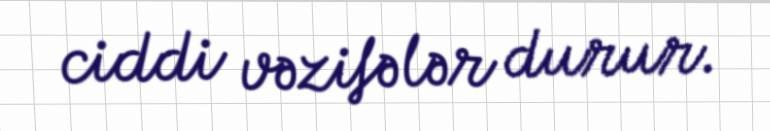
ciddi vəzifələr durur.